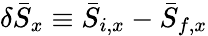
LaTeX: \delta{\bar{S}}_{x}\equiv\bar{S}_{i,x}-\bar{S}_{f,x}